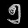
Digit: ၅